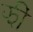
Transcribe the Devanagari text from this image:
झीं